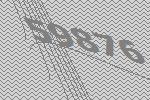
59876